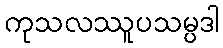
ကုသလဿူပသမ္ပဒါ